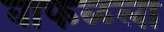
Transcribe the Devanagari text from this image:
वाफळला